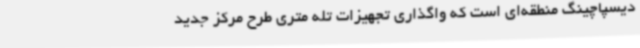
دیسپاچینگ منطقه‌ای است که واگذاری تجهیزات تله متری طرح مرکز جدید